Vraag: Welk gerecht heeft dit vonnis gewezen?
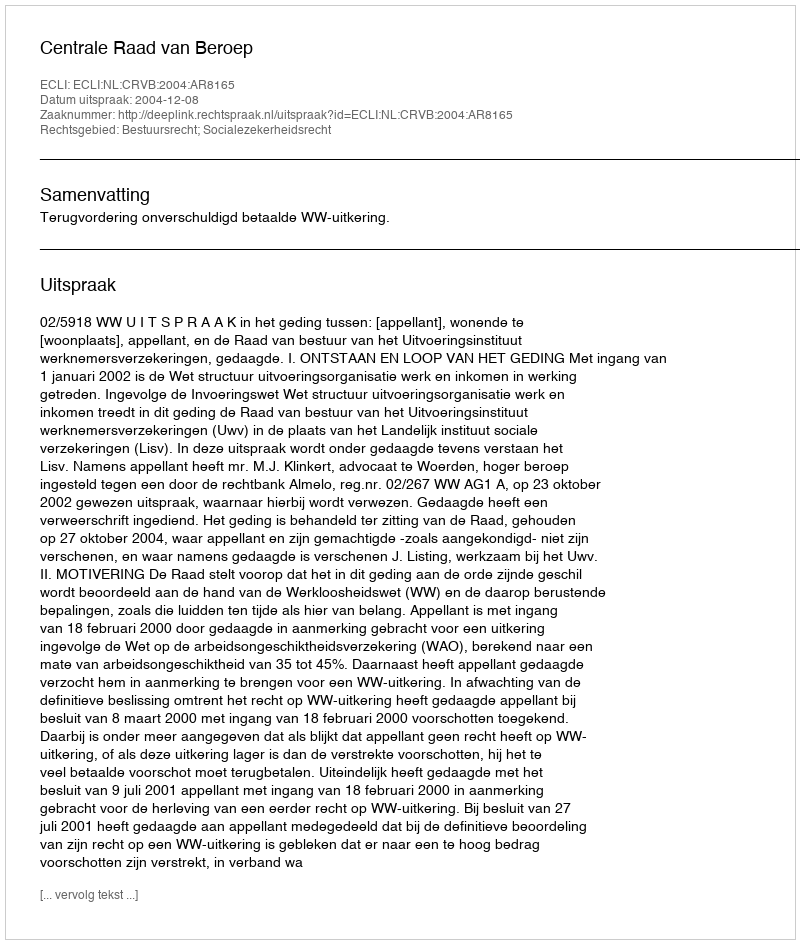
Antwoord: Centrale Raad van Beroep